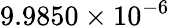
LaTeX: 9.9850\times 10^{-6}